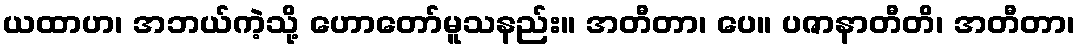
ယထာဟ၊ အဘယ်ကဲ့သို့ ဟောတော်မူသနည်း။ အတီတာ၊ ပေ။ ပဇာနာတီတိ၊ အတီတာ၊